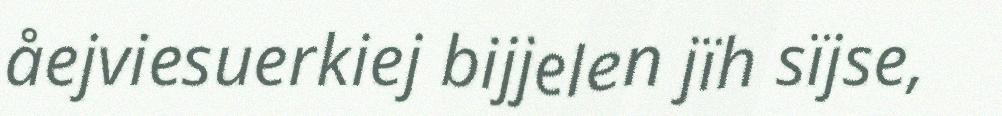
åejviesuerkiej bijjelen jïh sïjse,